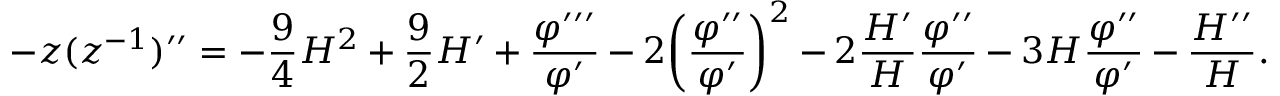
- z ( z ^ { - 1 } ) ^ { \prime \prime } = - \frac { 9 } { 4 } { \cal H } ^ { 2 } + \frac { 9 } { 2 } { \cal H } ^ { \prime } + \frac { \varphi ^ { \prime \prime \prime } } { \varphi ^ { \prime } } - 2 \biggl ( \frac { \varphi ^ { \prime \prime } } { \varphi ^ { \prime } } \biggr ) ^ { 2 } - 2 \frac { { \cal H } ^ { \prime } } { \cal H } \frac { \varphi ^ { \prime \prime } } { \varphi ^ { \prime } } - 3 { \cal H } \frac { \varphi ^ { \prime \prime } } { \varphi ^ { \prime } } - \frac { { \cal H } ^ { \prime \prime } } { \cal H } .